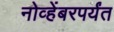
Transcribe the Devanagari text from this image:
नोव्हेंबरपर्यंत